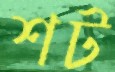
শট